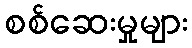
စစ်ဆေးမှုများ